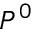
P ^ { 0 }